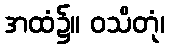
အထံ၌။ ဝသိတုံ၊